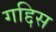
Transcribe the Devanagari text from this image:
गद्दिस